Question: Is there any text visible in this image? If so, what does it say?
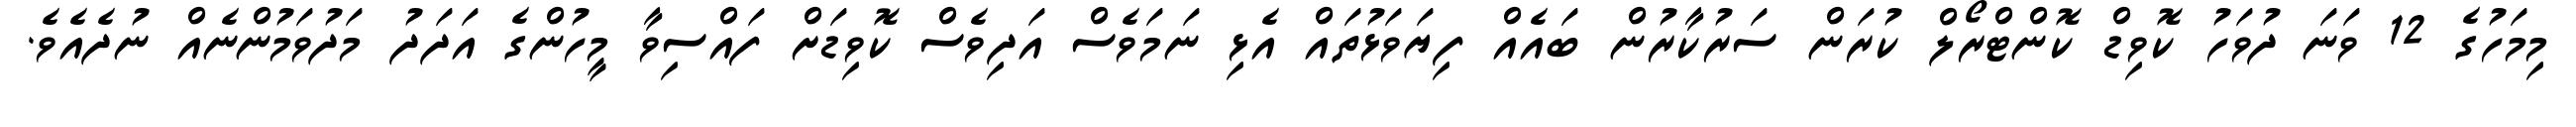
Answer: މިމަހުގެ 12 ވަނަ ދުވަހު ކޮވިޑް ކޮންޓްރޯލް ކުރަން ސަރުކާރުން ބައެއް ފިޔަވަޅުތައް އެޅި ނަމަވެސް އަދިވެސް ކޮވިޑަށް ފައްސިވާ މީހުންގެ އަދަދު މަދުވަމުންނެއް ނުދެއެވެ.